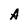
Character: A